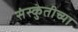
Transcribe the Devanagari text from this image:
संस्कुतीच्या